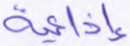
إذاعية